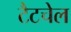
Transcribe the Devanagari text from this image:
टैटचेल